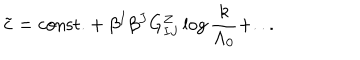
\tilde { c } = \mathrm { c o n s t . } + \beta ^ { I } \beta ^ { J } { G _ { I J } ^ { Z } } \log { { \frac { k } { \Lambda _ { 0 } } } } + . . .